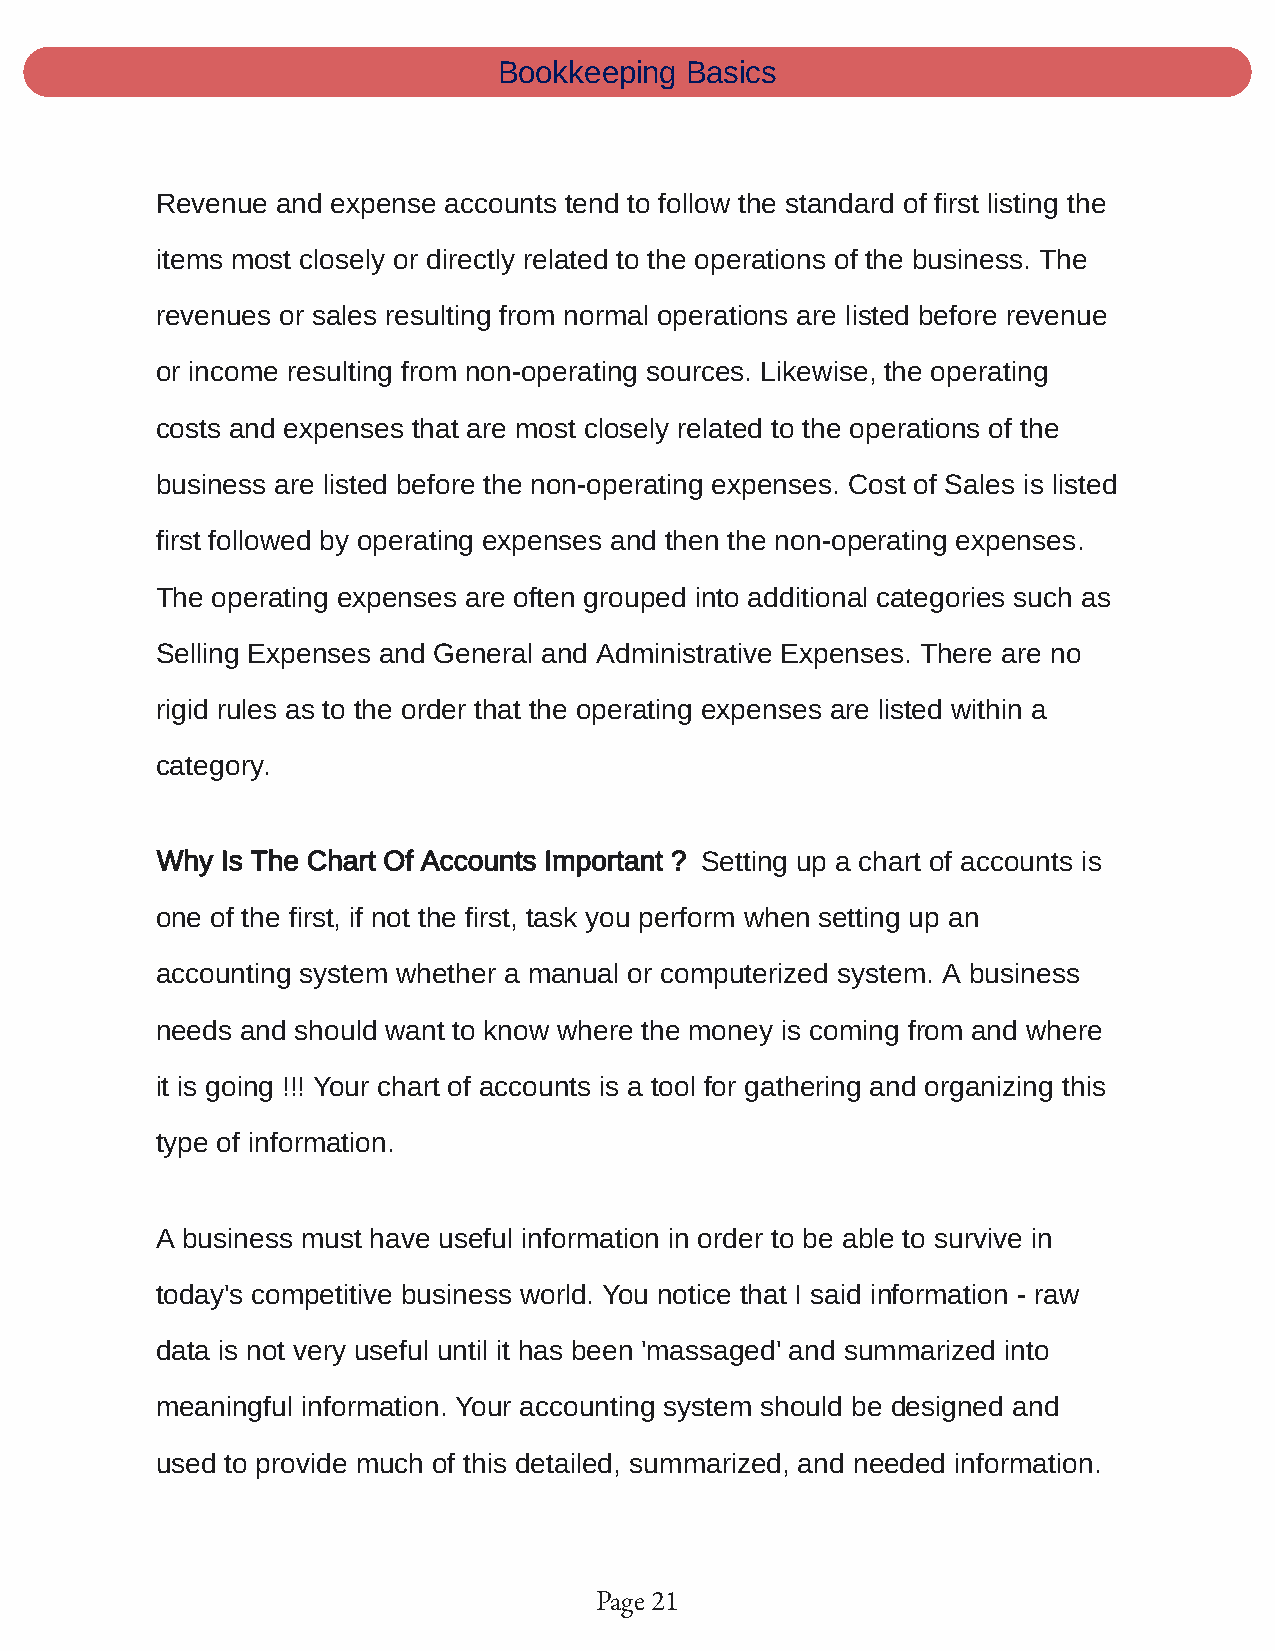
Bookkeeping Basics
 Revenue and expense accounts tend to follow the standard of first listing the
 items most closely or directly related to the operations of the business. The
 revenues or sales resulting from normal operations are listed before revenue
 or income resulting from non-operating sources. Likewise, the operating
 costs and expenses that are most closely related to the operations of the
 business are listed before the non-operating expenses. Cost of Sales is listed
 first followed by operating expenses and then the non-operating expenses.
 The operating expenses are often grouped into additional categories such as
 Selling Expenses and General and Administrative Expenses. There are no
 rigid rules as to the order that the operating expenses are listed within a
 category.
 Why  Is The Chart Of Accounts Important ? Setting up a chart of accounts is
 one of the first, if not the first, task you perform when setting up an
 accounting system whether a manual or computerized system. A business
 needs and should want to know where the money is coming from and where
 it is going !!! Your chart of accounts is a tool for gathering and organizing this
 type of information.
 A business must have useful information in order to be able to survive in
 today's competitive business world. You notice that I said information - raw
 data is not very useful until it has been 'massaged' and summarized into
 meaningful information. Your accounting system should be designed and
 used to provide much of this detailed, summarized, and needed information.
 Page 21